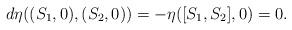
LaTeX: \begin{align*}d\eta((S_1,0),(S_2,0))=-\eta([S_1,S_2],0)=0.\end{align*}